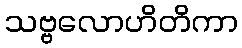
သဗ္ဗလောဟိတိကာ